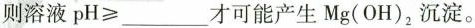
则溶液$$pH≥___$$才可能产生Mg(OH)_{2}沉淀。